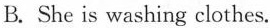
B. She is washing clothes.